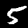
Digit: 5